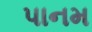
પાનમ